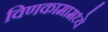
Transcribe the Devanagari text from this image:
विणकामामध्ये